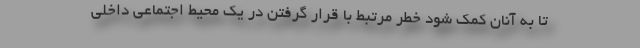
تا به آنان کمک شود خطر مرتبط با قرار گرفتن در یک محیط اجتماعی داخلی